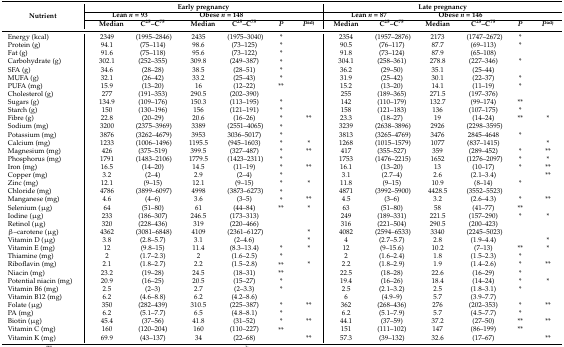
<table><thead><tr><td rowspan="3"><b>Nutrient</b></td><td colspan="6"><b>Early pregnancy</b></td><td colspan="6"><b>Late pregnancy</b></td></tr><tr><td colspan="2"><b>Lean <i>n</i> = 93</b></td><td colspan="2"><b>Obese <i>n </i>= 148</b></td><td colspan="2"></td><td colspan="2"><b>Lean <i>n</i> = 87</b></td><td colspan="2"><b>Obese <i>n </i>= 146</b></td><td colspan="2"></td></tr><tr><td><b>Median</b></td><td><b>C<sup>25</sup>–C<sup>75</sup></b></td><td><b>Median</b></td><td><b>C<sup>25</sup>–C<sup>75</sup></b></td><td><b><i>P</i></b></td><td><b><i>P</i><sup>adj</sup></b></td><td><b>Median</b></td><td><b>C<sup>25</sup>–C<sup>75</sup></b></td><td><b>Median</b></td><td><b>C<sup>25</sup>–C<sup>75</sup></b></td><td><b><i>P</i></b></td><td><b><i>P</i><sup>adj</sup></b></td></tr></thead><tbody><tr><td>Energy (kcal)</td><td>2349</td><td>(1995–2846)</td><td>2435</td><td>(1975–3040)</td><td>*</td><td></td><td>2354</td><td>(1957–2876)</td><td>2173</td><td>(1747–2672)</td><td>*</td><td></td></tr><tr><td>Protein (g)</td><td>94.1</td><td>(75–114)</td><td>98.6</td><td>(73–125)</td><td>*</td><td></td><td>90.5</td><td>(76–117) </td><td>87.7</td><td>(69–113)</td><td>*</td><td></td></tr><tr><td>Fat (g)</td><td>91.6</td><td>(75–118)</td><td>95.6</td><td>(73–122)</td><td>*</td><td></td><td>91.8</td><td>(73–124)</td><td>87.9</td><td>(65–108)</td><td></td><td></td></tr><tr><td>Carbohydrate (g)</td><td>302.1</td><td>(252–355)</td><td>309.8</td><td>(249–387)</td><td>*</td><td></td><td>304.1</td><td>(258–361)</td><td>278.8</td><td>(227–346)</td><td>*</td><td></td></tr><tr><td>SFA (g)</td><td>34.6</td><td>(28–28)</td><td>38.5</td><td>(28–51)</td><td>*</td><td></td><td>36.2</td><td>(29–50)</td><td>35.1</td><td>(25–44)</td><td></td><td></td></tr><tr><td>MUFA (g)</td><td>32.1</td><td>(26–42)</td><td>33.2</td><td>(25–43)</td><td>*</td><td></td><td>31.9</td><td>(25–42)</td><td>30.1</td><td>(22–37)</td><td>*</td><td></td></tr><tr><td>PUFA (mg)</td><td>15.9</td><td>(13–20)</td><td>16</td><td>(12–22)</td><td>**</td><td></td><td>15.2</td><td>(13–20)</td><td>14.1</td><td>(11–19)</td><td>*</td><td></td></tr><tr><td>Cholesterol (g)</td><td>277</td><td>(191–353)</td><td>290.5</td><td>(202–390)</td><td></td><td></td><td>255</td><td>(189–365)</td><td>271.5</td><td>(197–376)</td><td></td><td></td></tr><tr><td>Sugars (g)</td><td>134.9</td><td>(109–176)</td><td>150.3</td><td>(113–195)</td><td>*</td><td></td><td>142</td><td>(110–179)</td><td>132.7</td><td>(99–174)</td><td>**</td><td></td></tr><tr><td>Starch (g)</td><td>150</td><td>(130–196)</td><td>156</td><td>(121–191)</td><td>*</td><td></td><td>158</td><td>(121–183)</td><td>136</td><td>(107–175)</td><td>*</td><td></td></tr><tr><td>Fibre (g)</td><td>22.8</td><td>(20–29)</td><td>20.6</td><td>(16–26)</td><td>*</td><td>**</td><td>23.3</td><td>(18–27)</td><td>19</td><td>(14–24)</td><td>**</td><td>*</td></tr><tr><td>Sodium (mg)</td><td>3200</td><td>(2375–3969)</td><td>3389</td><td>(2551–4065)</td><td>*</td><td></td><td>3239</td><td>(2638–3896)</td><td>2926</td><td>(2298–3595)</td><td></td><td></td></tr><tr><td>Potassium (mg)</td><td>3876</td><td>(3262–4679)</td><td>3953</td><td>3036–5017)</td><td>*</td><td></td><td>3813</td><td>(3265–4769)</td><td>3476</td><td>2845–4648</td><td>*</td><td></td></tr><tr><td>Calcium (mg)</td><td>1233</td><td>(1006–1496)</td><td>1195.5</td><td>(945–1603)</td><td>*</td><td>*</td><td>1268</td><td>(1015–1579)</td><td>1077</td><td>(837–1415)</td><td></td><td>*</td></tr><tr><td>Magnesium (mg)</td><td>426</td><td>(375–519)</td><td>399.5</td><td>(327–487)</td><td>*</td><td>**</td><td>417</td><td>(355–527)</td><td>359</td><td>(289–452)</td><td>*</td><td>**</td></tr><tr><td>Phosphorus (mg)</td><td>1791</td><td>(1483–2106)</td><td>1779.5</td><td>(1423–2311)</td><td>*</td><td></td><td>1753</td><td>(1476–2215)</td><td>1652</td><td>(1276–2097)</td><td>*</td><td>*</td></tr><tr><td>Iron (mg)</td><td>16.5</td><td>(14–20)</td><td>14.5</td><td>(11–19)</td><td>*</td><td>**</td><td>16.1</td><td>(13–20)</td><td>13</td><td>(10–17)</td><td>*</td><td>**</td></tr><tr><td>Copper (mg)</td><td>3.2</td><td>(2–4)</td><td>2.9</td><td>(2–4)</td><td>*</td><td></td><td>3.1</td><td>(2.7–4)</td><td>2.6</td><td>(2.1–3.4)</td><td></td><td>**</td></tr><tr><td>Zinc (mg)</td><td>12.1</td><td>(9–15)</td><td>12.1</td><td>(9–15)</td><td>*</td><td>*</td><td>11.8</td><td>(9–15)</td><td>10.9</td><td>(8–14)</td><td>*</td><td></td></tr><tr><td>Chloride (mg)</td><td>4786</td><td>(3899–6097)</td><td>4998</td><td>(3873–6273)</td><td>*</td><td></td><td>4871</td><td>(3992–5900)</td><td>4428.5</td><td>(3552–5523)</td><td></td><td></td></tr><tr><td>Manganese (mg)</td><td>4.6</td><td>(4–6)</td><td>3.6</td><td>(3–5)</td><td>*</td><td>**</td><td>4.5</td><td>(3–6)</td><td>3.2</td><td>(2.6–4.3)</td><td>*</td><td>**</td></tr><tr><td>Selenium (μg)</td><td>64</td><td>(51–80)</td><td>61</td><td>(44–84)</td><td>**</td><td>*</td><td>63</td><td>(51–80)</td><td>58</td><td>(41–77)</td><td>**</td><td></td></tr><tr><td>Iodine (μg)</td><td>233</td><td>(186–307)</td><td>246.5</td><td>(173–313)</td><td></td><td></td><td>249</td><td>(189–331)</td><td>221.5</td><td>(157–290)</td><td>*</td><td>*</td></tr><tr><td>Retinol (μg)</td><td>320</td><td>(228–436)</td><td>319</td><td>(220–466)</td><td></td><td></td><td>316</td><td>(221–504)</td><td>290.5</td><td>(200–423)</td><td></td><td></td></tr><tr><td>β–carotene (μg)</td><td>4362</td><td>(3081–6848)</td><td>4109</td><td>(2361–6127)</td><td></td><td>*</td><td>4082</td><td>(2594–6533)</td><td>3340</td><td>(2245–5023)</td><td></td><td></td></tr><tr><td>Vitamin D (μg)</td><td>3.8</td><td>(2.8–5.7)</td><td>3.1</td><td>(2–4.6)</td><td></td><td>*</td><td>4</td><td>(2.7–5.7)</td><td>2.8</td><td>(1.9–4.4)</td><td></td><td>*</td></tr><tr><td>Vitamin E (mg)</td><td>12</td><td>(9.8–15)</td><td>11.4</td><td>(8.3–13.4)</td><td>*</td><td>*</td><td>12</td><td>(9–15.6)</td><td>10.2</td><td>(7–13)</td><td>**</td><td>*</td></tr><tr><td>Thiamine (mg)</td><td>2</td><td>(1.7–2.3)</td><td>2</td><td>(1.6–2.5)</td><td>*</td><td></td><td>2</td><td>(1.6–2.4)</td><td>1.8</td><td>(1.5–2.3)</td><td>*</td><td></td></tr><tr><td>Riboflavin (mg)</td><td>2.1</td><td>(1.8–2.7)</td><td>2.2</td><td>(1.5–2.8)</td><td>**</td><td>*</td><td>2.2</td><td>(1.8–2.9)</td><td>1.9</td><td>(1.4–2.6)</td><td>*</td><td>**</td></tr><tr><td>Niacin (mg)</td><td>23.2</td><td>(19–28)</td><td>24.5</td><td>(18–31)</td><td>**</td><td></td><td>22.5</td><td>(18–28)</td><td>22.6</td><td>(16–29)</td><td>*</td><td></td></tr><tr><td>Potential niacin (mg)</td><td>20.9</td><td>(16–25)</td><td>20.5</td><td>(15–27)</td><td>*</td><td></td><td>19.4</td><td>(16–26)</td><td>18.4</td><td>(14–24)</td><td>*</td><td>*</td></tr><tr><td>Vitamin B6 (mg)</td><td>2.5</td><td> (2–3)</td><td>2.7</td><td>(2–3.3)</td><td>*</td><td></td><td>2.5</td><td>(2.1–3.2)</td><td>2.5</td><td>(1.8–3.1)</td><td>*</td><td></td></tr><tr><td>Vitamin B12 (mg)</td><td>6.2</td><td>(4.6–8.8)</td><td>6.2</td><td>(4.2–8.6)</td><td></td><td></td><td>6</td><td>(4.9–9)</td><td>5.7</td><td>(3.9–7.7)</td><td></td><td></td></tr><tr><td>Folate (μg)</td><td>350</td><td> (282–439)</td><td>310.5</td><td>(225–387)</td><td>*</td><td>**</td><td>362</td><td>(268–436)</td><td>276</td><td>(202–353)</td><td>*</td><td>**</td></tr><tr><td>PA (mg)</td><td>6.2</td><td> (5.1–7.7)</td><td>6.5</td><td>(4.8–8.1)</td><td>*</td><td></td><td>6.2</td><td>(5.1–7.9)</td><td>5.7</td><td>(4.5–7.7)</td><td>*</td><td></td></tr><tr><td>Biotin (μg)</td><td>45.4</td><td>(37–56)</td><td>41.8</td><td>(31–52)</td><td>*</td><td>**</td><td>44.1</td><td>(37–59)</td><td>37.2</td><td>(27–50)</td><td>**</td><td>**</td></tr><tr><td>Vitamin C (mg)</td><td>160</td><td> (120–204)</td><td>160</td><td>(110–227)</td><td>**</td><td></td><td>151</td><td>(111–102)</td><td>147</td><td>(86–199)</td><td>**</td><td></td></tr><tr><td>Vitamin K (mg)</td><td>69.9</td><td> (43–137)</td><td>34</td><td>(22–68)</td><td></td><td>**</td><td>57.3</td><td>(39–132)</td><td>32.6</td><td>(17–67)</td><td></td><td>**</td></tr></tbody></table>